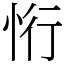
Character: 㤚